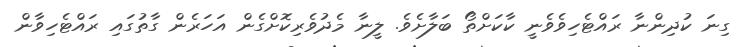
ގިނަ ކުދިންނާ ރައްޓެހިވެވެނީ ކާކަށްތޯ ބަލާށެވެ. ލީނާ މެދުވެރިކޮށްގެން އަހަރެން ގާތުގައި ރައްޓެހިވާން